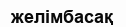
желімбасақ